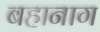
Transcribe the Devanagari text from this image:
बहानाग